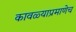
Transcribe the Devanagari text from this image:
कावळ्याप्रमाणेच